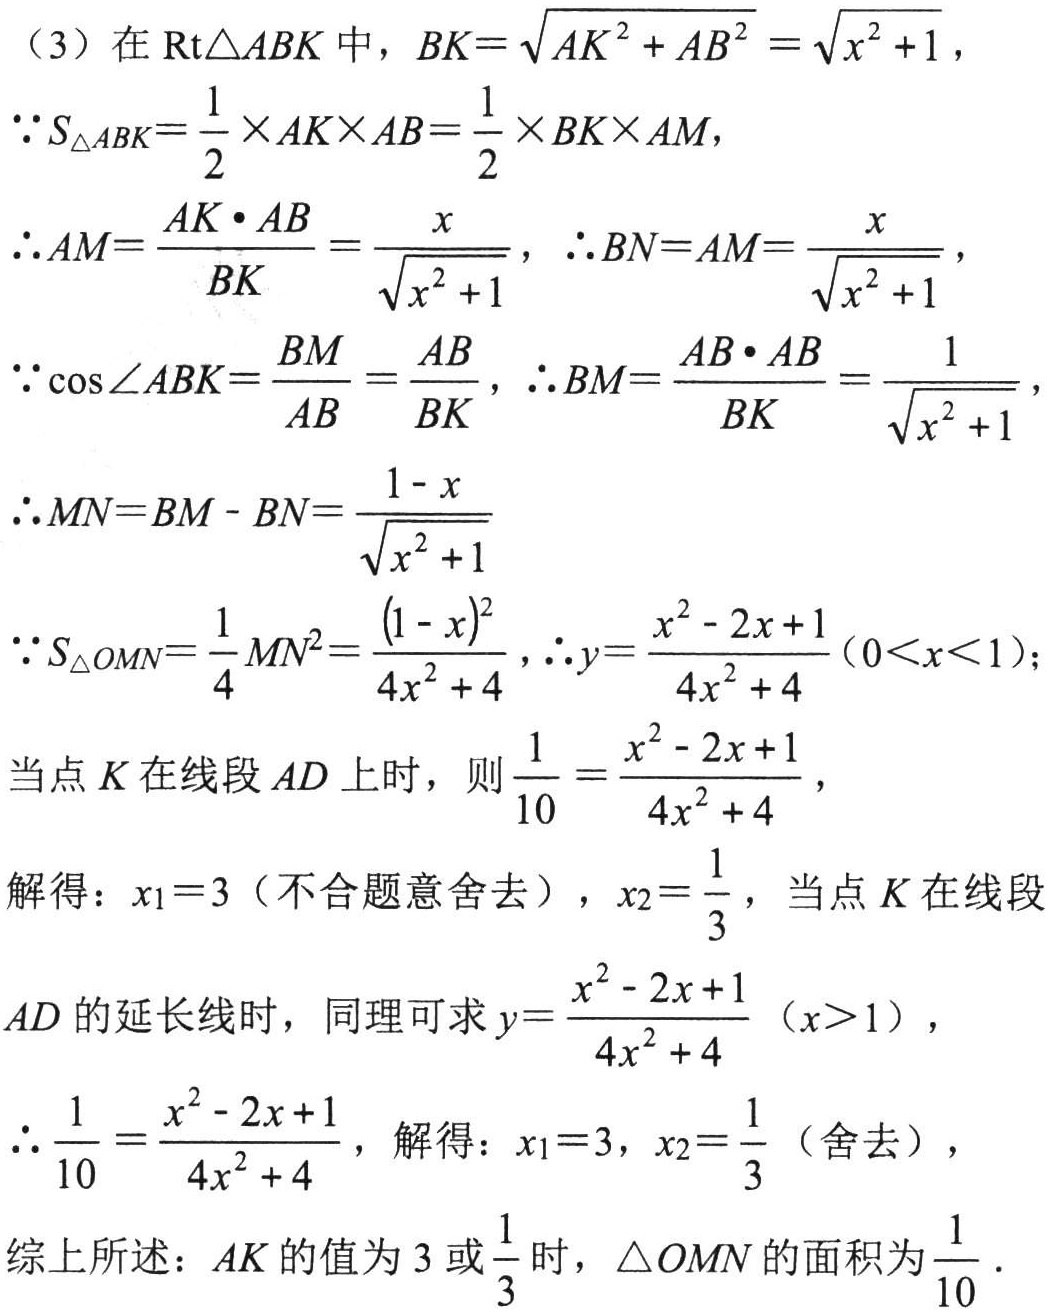
（3）在$\mathrm{Rt}\triangle ABK$中，$BK = \sqrt{AK^{2}+AB^{2}}=\sqrt{x^{2}+1}$，

$\because S_{\triangle ABK}=\frac{1}{2}\times AK\times AB=\frac{1}{2}\times BK\times AM$，

$\therefore AM=\frac{AK\cdot AB}{BK}=\frac{x}{\sqrt{x^{2}+1}}$，$\therefore BN = AM=\frac{x}{\sqrt{x^{2}+1}}$，

$\because\cos\angle ABK=\frac{BM}{AB}=\frac{AB}{BK}$，$\therefore BM=\frac{AB\cdot AB}{BK}=\frac{1}{\sqrt{x^{2}+1}}$，

$\therefore MN = BM - BN=\frac{1 - x}{\sqrt{x^{2}+1}}$

$\therefore S_{\triangle  OMN}=\frac{1}{4}MN^{2}=\frac{(1 - x)^{2}}{4x^{2}+4}$，$\therefore y=\frac{x^{2}-2x + 1}{4x^{2}+4}(0\lt x\lt1)$；

当点$K$在线段$AD$上时，则$\frac{1}{10}=\frac{x^{2}-2x + 1}{4x^{2}+4}$，

解得：$x_{1}=3$（不合题意舍去），$x_{2}=\frac{1}{3}$，当点$K$在线段

$AD$的延长线时，同理可求$y=\frac{x^{2}-2x + 1}{4x^{2}+4}(x\gt1)$，

$\therefore\frac{1}{10}=\frac{x^{2}-2x + 1}{4x^{2}+4}$，解得：$x_{1}=3$，$x_{2}=\frac{1}{3}$（舍去），

综上所述：$AK$的值为$3$或$\frac{1}{3}$时，$\triangle  OMN$的面积为$\frac{1}{10}$．